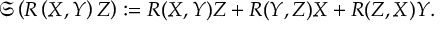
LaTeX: { \mathfrak { S } } \left( R \left( X , Y \right) Z \right) : = R ( X , Y ) Z + R ( Y , Z ) X + R ( Z , X ) Y .